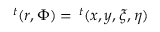
^ t ( \boldsymbol r , \boldsymbol \Phi ) = \, ^ { t } ( x , y , \xi , \eta )